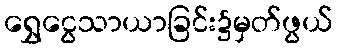
ရွှေငွေသာယာခြင်း၌မှတ်ဖွယ်